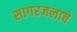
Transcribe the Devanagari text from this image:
सागरजलाचे